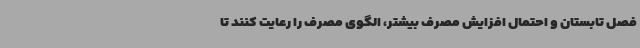
فصل تابستان و احتمال افزایش مصرف بیشتر، الگوی مصرف را رعایت کنند تا